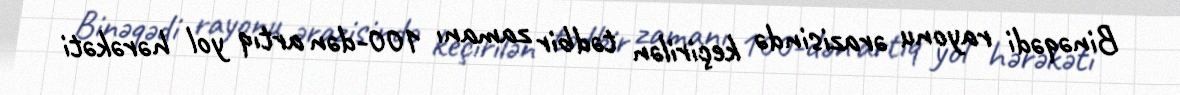
Binəqədi rayonu ərazisində keçirilən tədbir zamanı 100-dən artıq yol hərəkəti